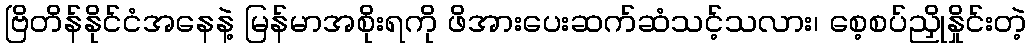
ဗြိတိန်နိုင်ငံအနေနဲ့ မြန်မာအစိုးရကို ဖိအားပေးဆက်ဆံသင့်သလား၊ စေ့စပ်ညှိုနှိုင်းတဲ့